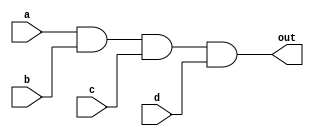
module four_input_and_gate (
    input a,
    input b,
    input c,
    input d,
    output out
);

assign out = a & b & c & d;

endmodule